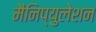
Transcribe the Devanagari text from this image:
मैनिप्युलेशन